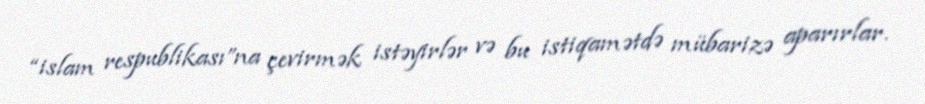
“islam respublikası”na çevirmək istəyirlər və bu istiqamətdə mübarizə aparırlar.